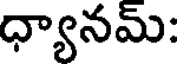
ధ్యానమ్: